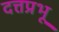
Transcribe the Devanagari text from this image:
दत्तप्रभू